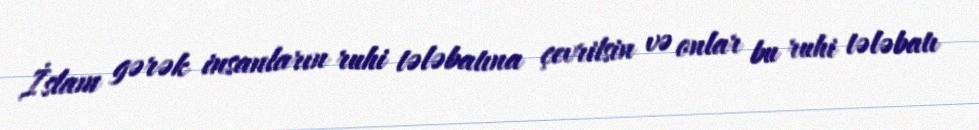
İslam gərək insanların ruhi tələbatına çevrilsin və onlar bu ruhi tələbatı